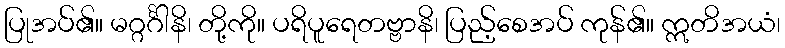
ပြုအပ်၏။ မဂ္ဂင်္ဂါနိ၊ တို့ကို။ ပရိပူရေတဗ္ဗာနိ၊ ပြည့်စေအပ် ကုန်၏။ ဣတိအယံ၊